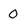
Character: O